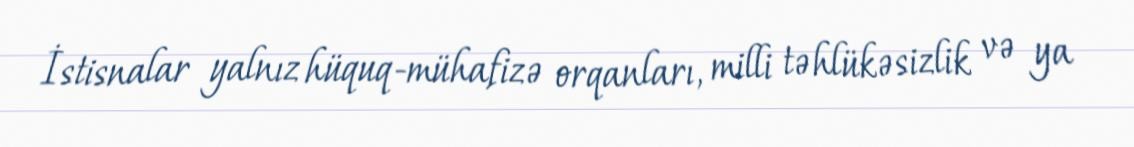
İstisnalar yalnız hüquq-mühafizə orqanları, milli təhlükəsizlik və ya